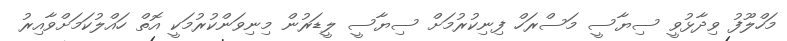
މަހްލޫފު ވިދާޅުވީ ސިޔާސީ މަސްރަހް ފިނިކުރުމަށް ސިޔާސީ ލީޑަރުން މިނިވަންކުރުމަކީ އޮތް ހައްލުކަމަށްވާއިރު